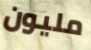
مليون